38_143685_box7_Incident_Summaries_1-100
Agency: Department of War
Page 108
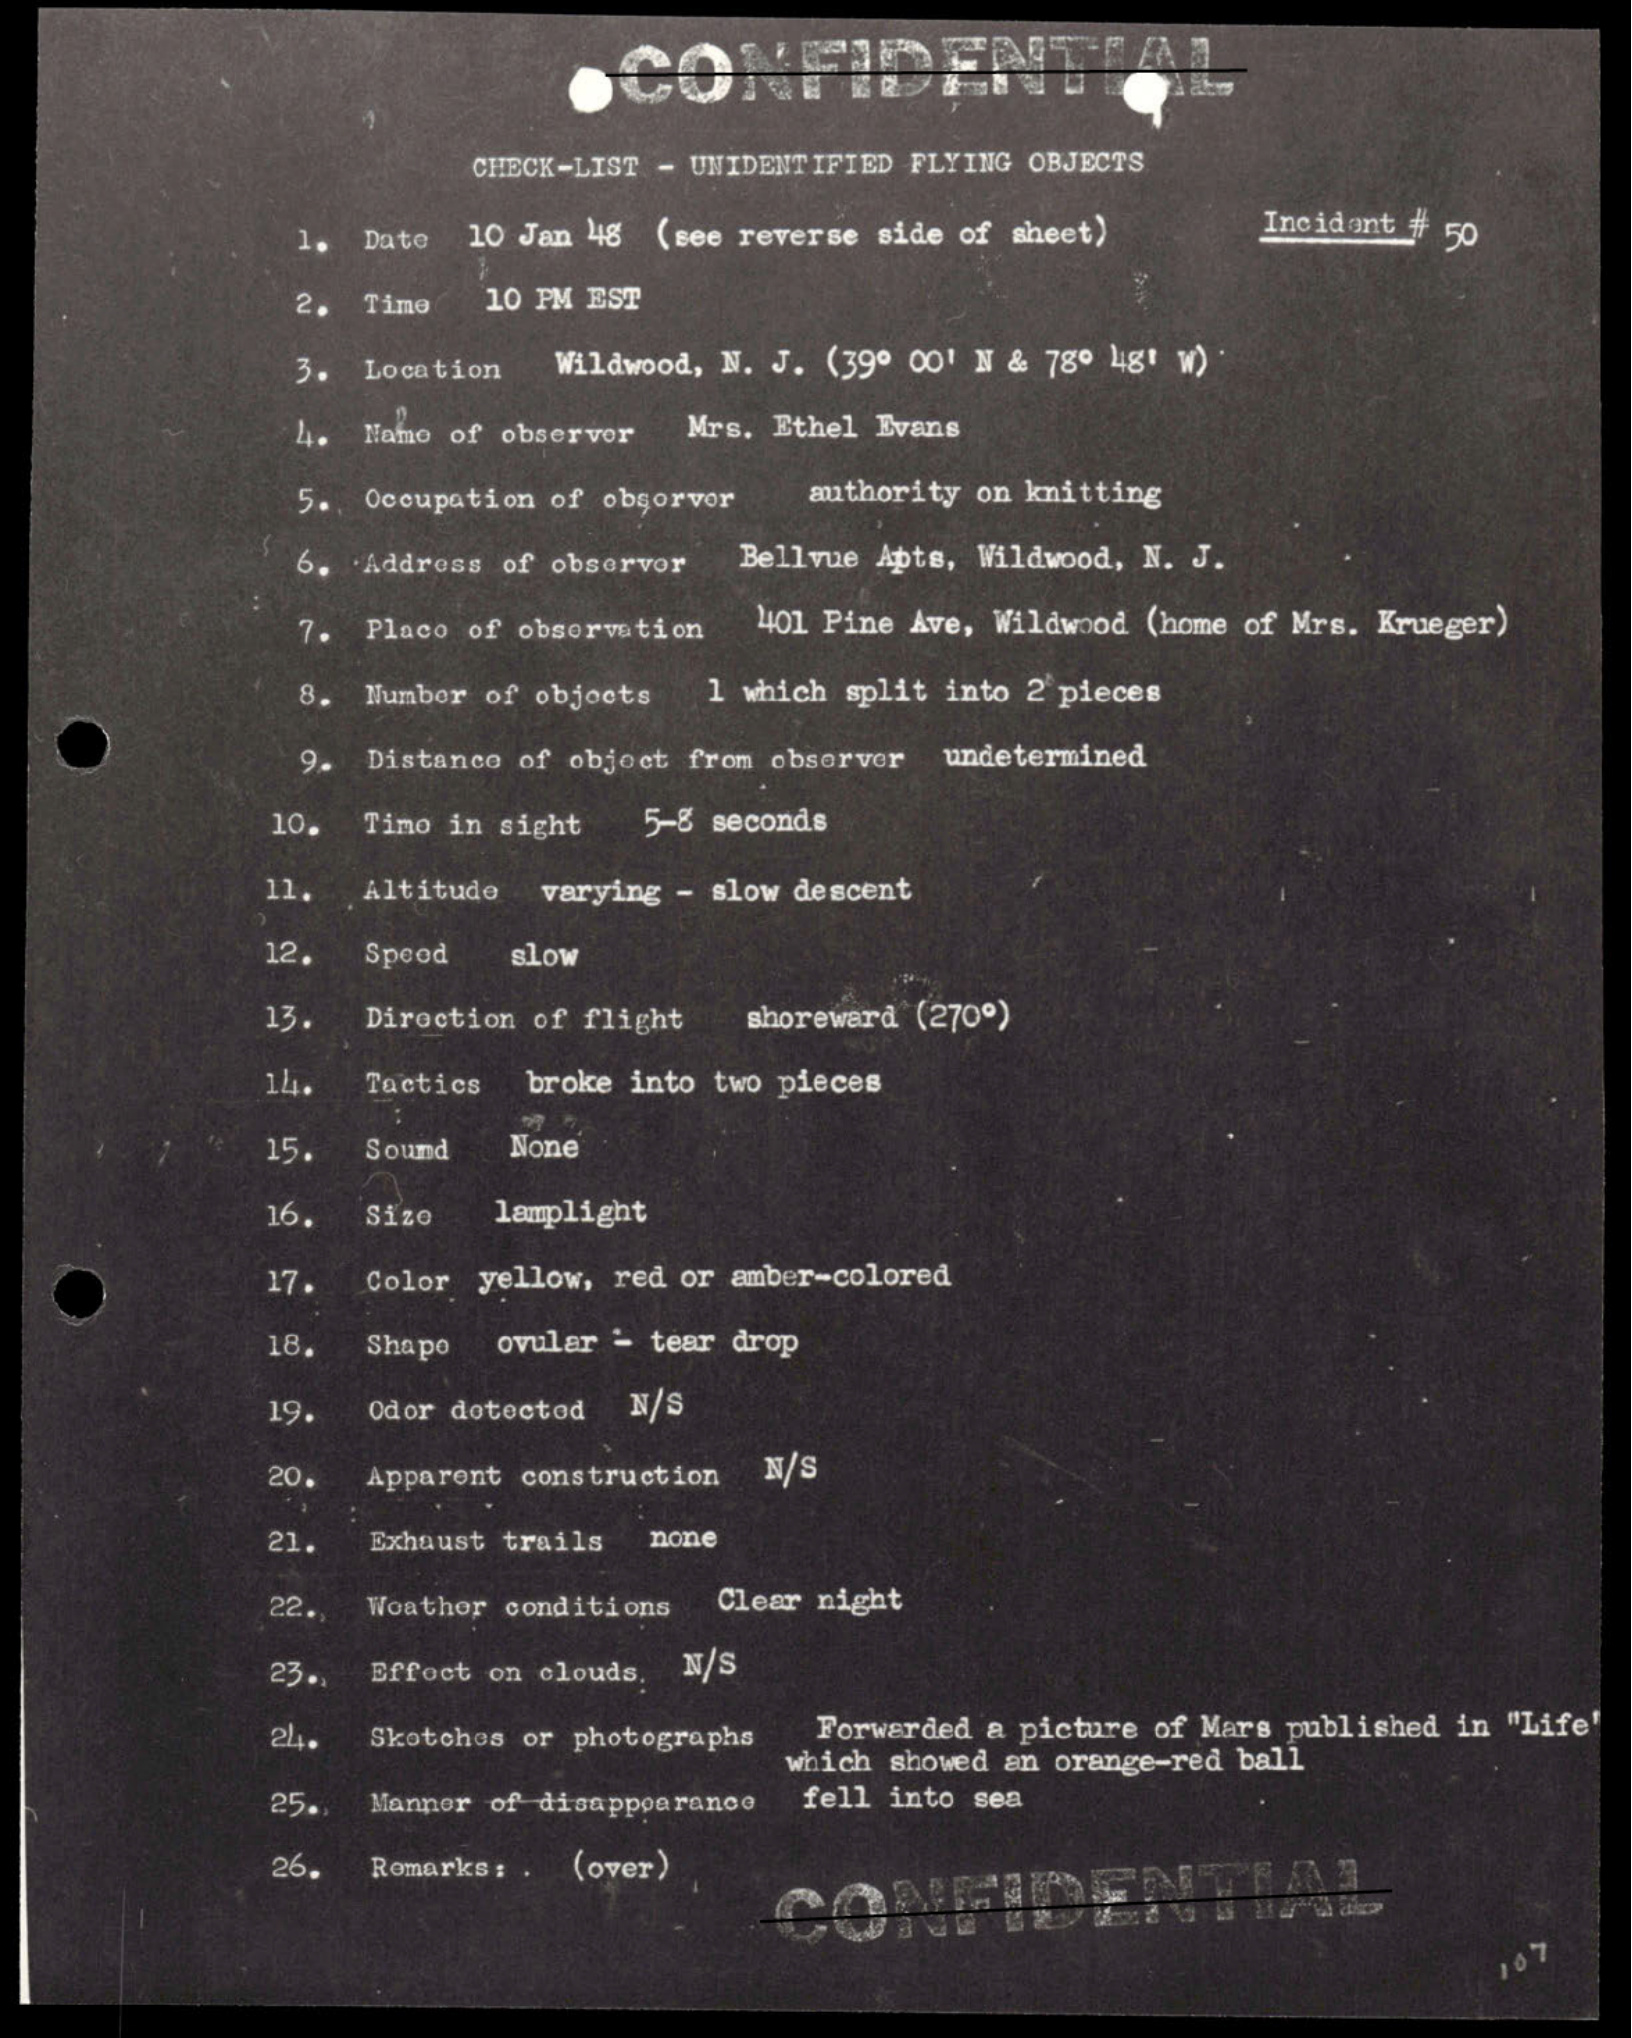